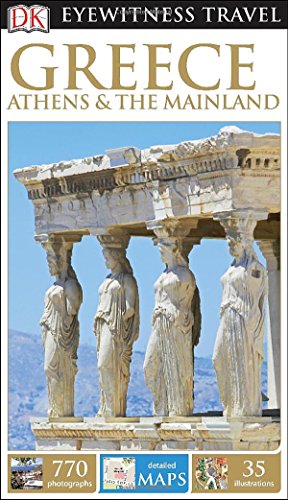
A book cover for DK Eyewitness Travel Guide: Greece, Athens & the Mainland; DK Publishing; Travel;